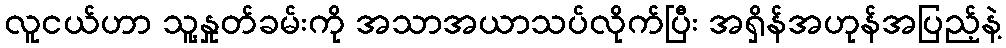
လူငယ်ဟာ သူ့နှုတ်ခမ်းကို အသာအယာသပ်လိုက်ပြီး အရှိန်အဟုန်အပြည့်နဲ့